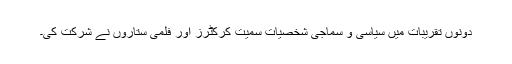
دونوں تقریبات میں سیاسی و سماجی شخصیات سمیت کرکٹرز اور فلمی ستاروں نے شرکت کی۔